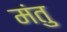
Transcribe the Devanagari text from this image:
मंतु